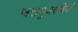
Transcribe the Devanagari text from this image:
जरायुजसंधियों